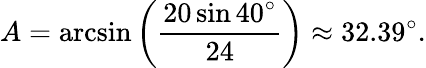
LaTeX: A=\arcsin\left({\frac{20\sin 40^{\circ}}{24}}\right)\approx 32.39^{\circ}.